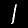
Digit: 1